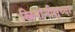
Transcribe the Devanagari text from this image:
स्त्रियांनीसुध्दा